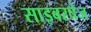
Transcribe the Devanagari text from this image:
साइबरचेज